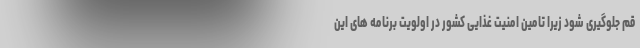
قم جلوگیری شود زیرا تامین امنیت غذایی کشور در اولویت برنامه های این